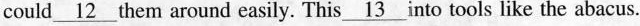
could \underline{12} them around easily. This \underline{13} into tools like the abacus.